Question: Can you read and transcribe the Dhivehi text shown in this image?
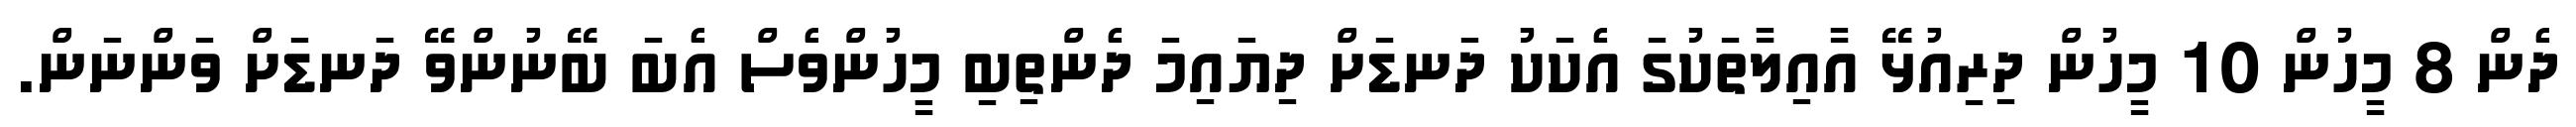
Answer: ދެން 8 މީހުން 10 މީހުން ދިރިއުޅޭ އާއިލާތަކުގަ އެކަކު ދަނޑަށް ދިޔައިމަ ދެންތިބި މީހުންވެސް އެބަ ބޭނުންވޭ ދަނޑަށް ވަންނަން.